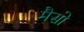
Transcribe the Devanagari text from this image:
मैसो